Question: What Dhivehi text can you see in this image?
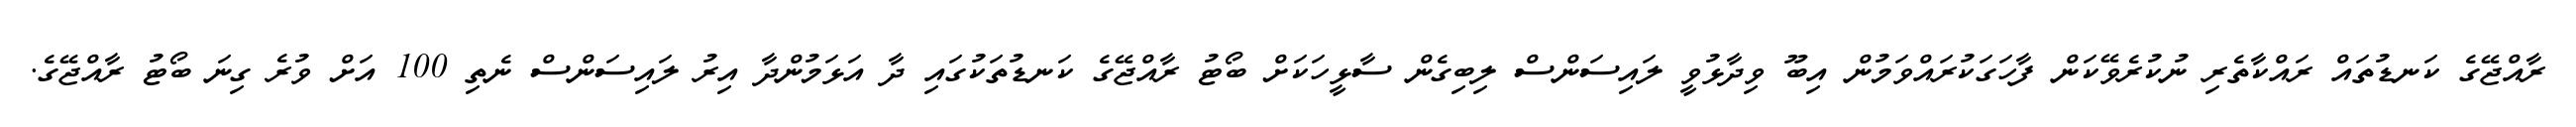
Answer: ރާއްޖޭގެ ކަނޑުތައް ރައްކާތެރި ނުކުރެވޭކަން ފާހަގަކުރައްވަމުން އިބޫ ވިދާޅުވީ ލައިސަންސް ލިބިގެން ސާޅީހަކަށް ބޯޓު ރާއްޖޭގެ ކަނޑުތަކުގައި ދާ އަޅަމުންދާ އިރު ލައިސަންސް ނެތި 100 އަށް ވުރެ ގިނަ ބޯޓު ރާއްޖޭގެ.